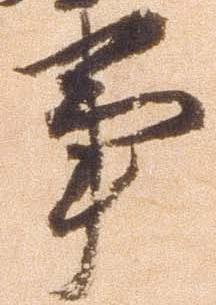
事